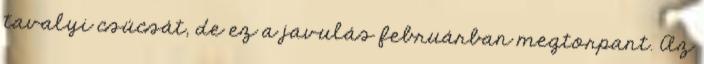
tavalyi csúcsát, de ez a javulás februárban megtorpant. Az